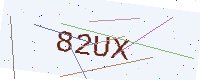
Text: 82UX